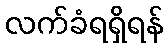
လက်ခံရရှိရန်